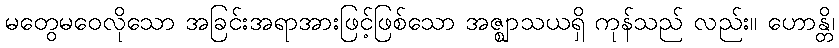
မတွေမဝေလိုသော အခြင်းအရာအားဖြင့်ဖြစ်သော အဇ္ဈာသယရှိ ကုန်သည် လည်း။ ဟောန္တိ၊